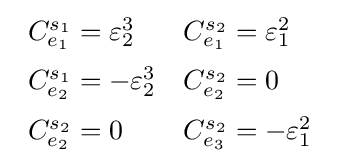
{\begin{array}{ll}C_{e_{1}}^{s_{1}}=\varepsilon _{2}^{3}&C_{e_{1}}^{s_{2}}=\varepsilon _{1}^{2}\\[6pt]C_{e_{2}}^{s_{1}}=-\varepsilon _{2}^{3}&C_{e_{2}}^{s_{2}}=0\\[6pt]C_{e_{2}}^{s_{2}}=0&C_{e_{3}}^{s_{2}}=-\varepsilon _{1}^{2}\end{array}}